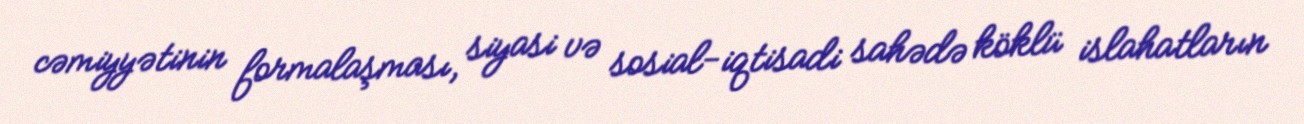
cəmiyyətinin formalaşması, siyasi və sosial-iqtisadi sahədə köklü islahatların